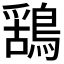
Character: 𮭆